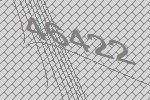
46422